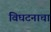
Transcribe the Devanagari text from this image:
विघटनाचा